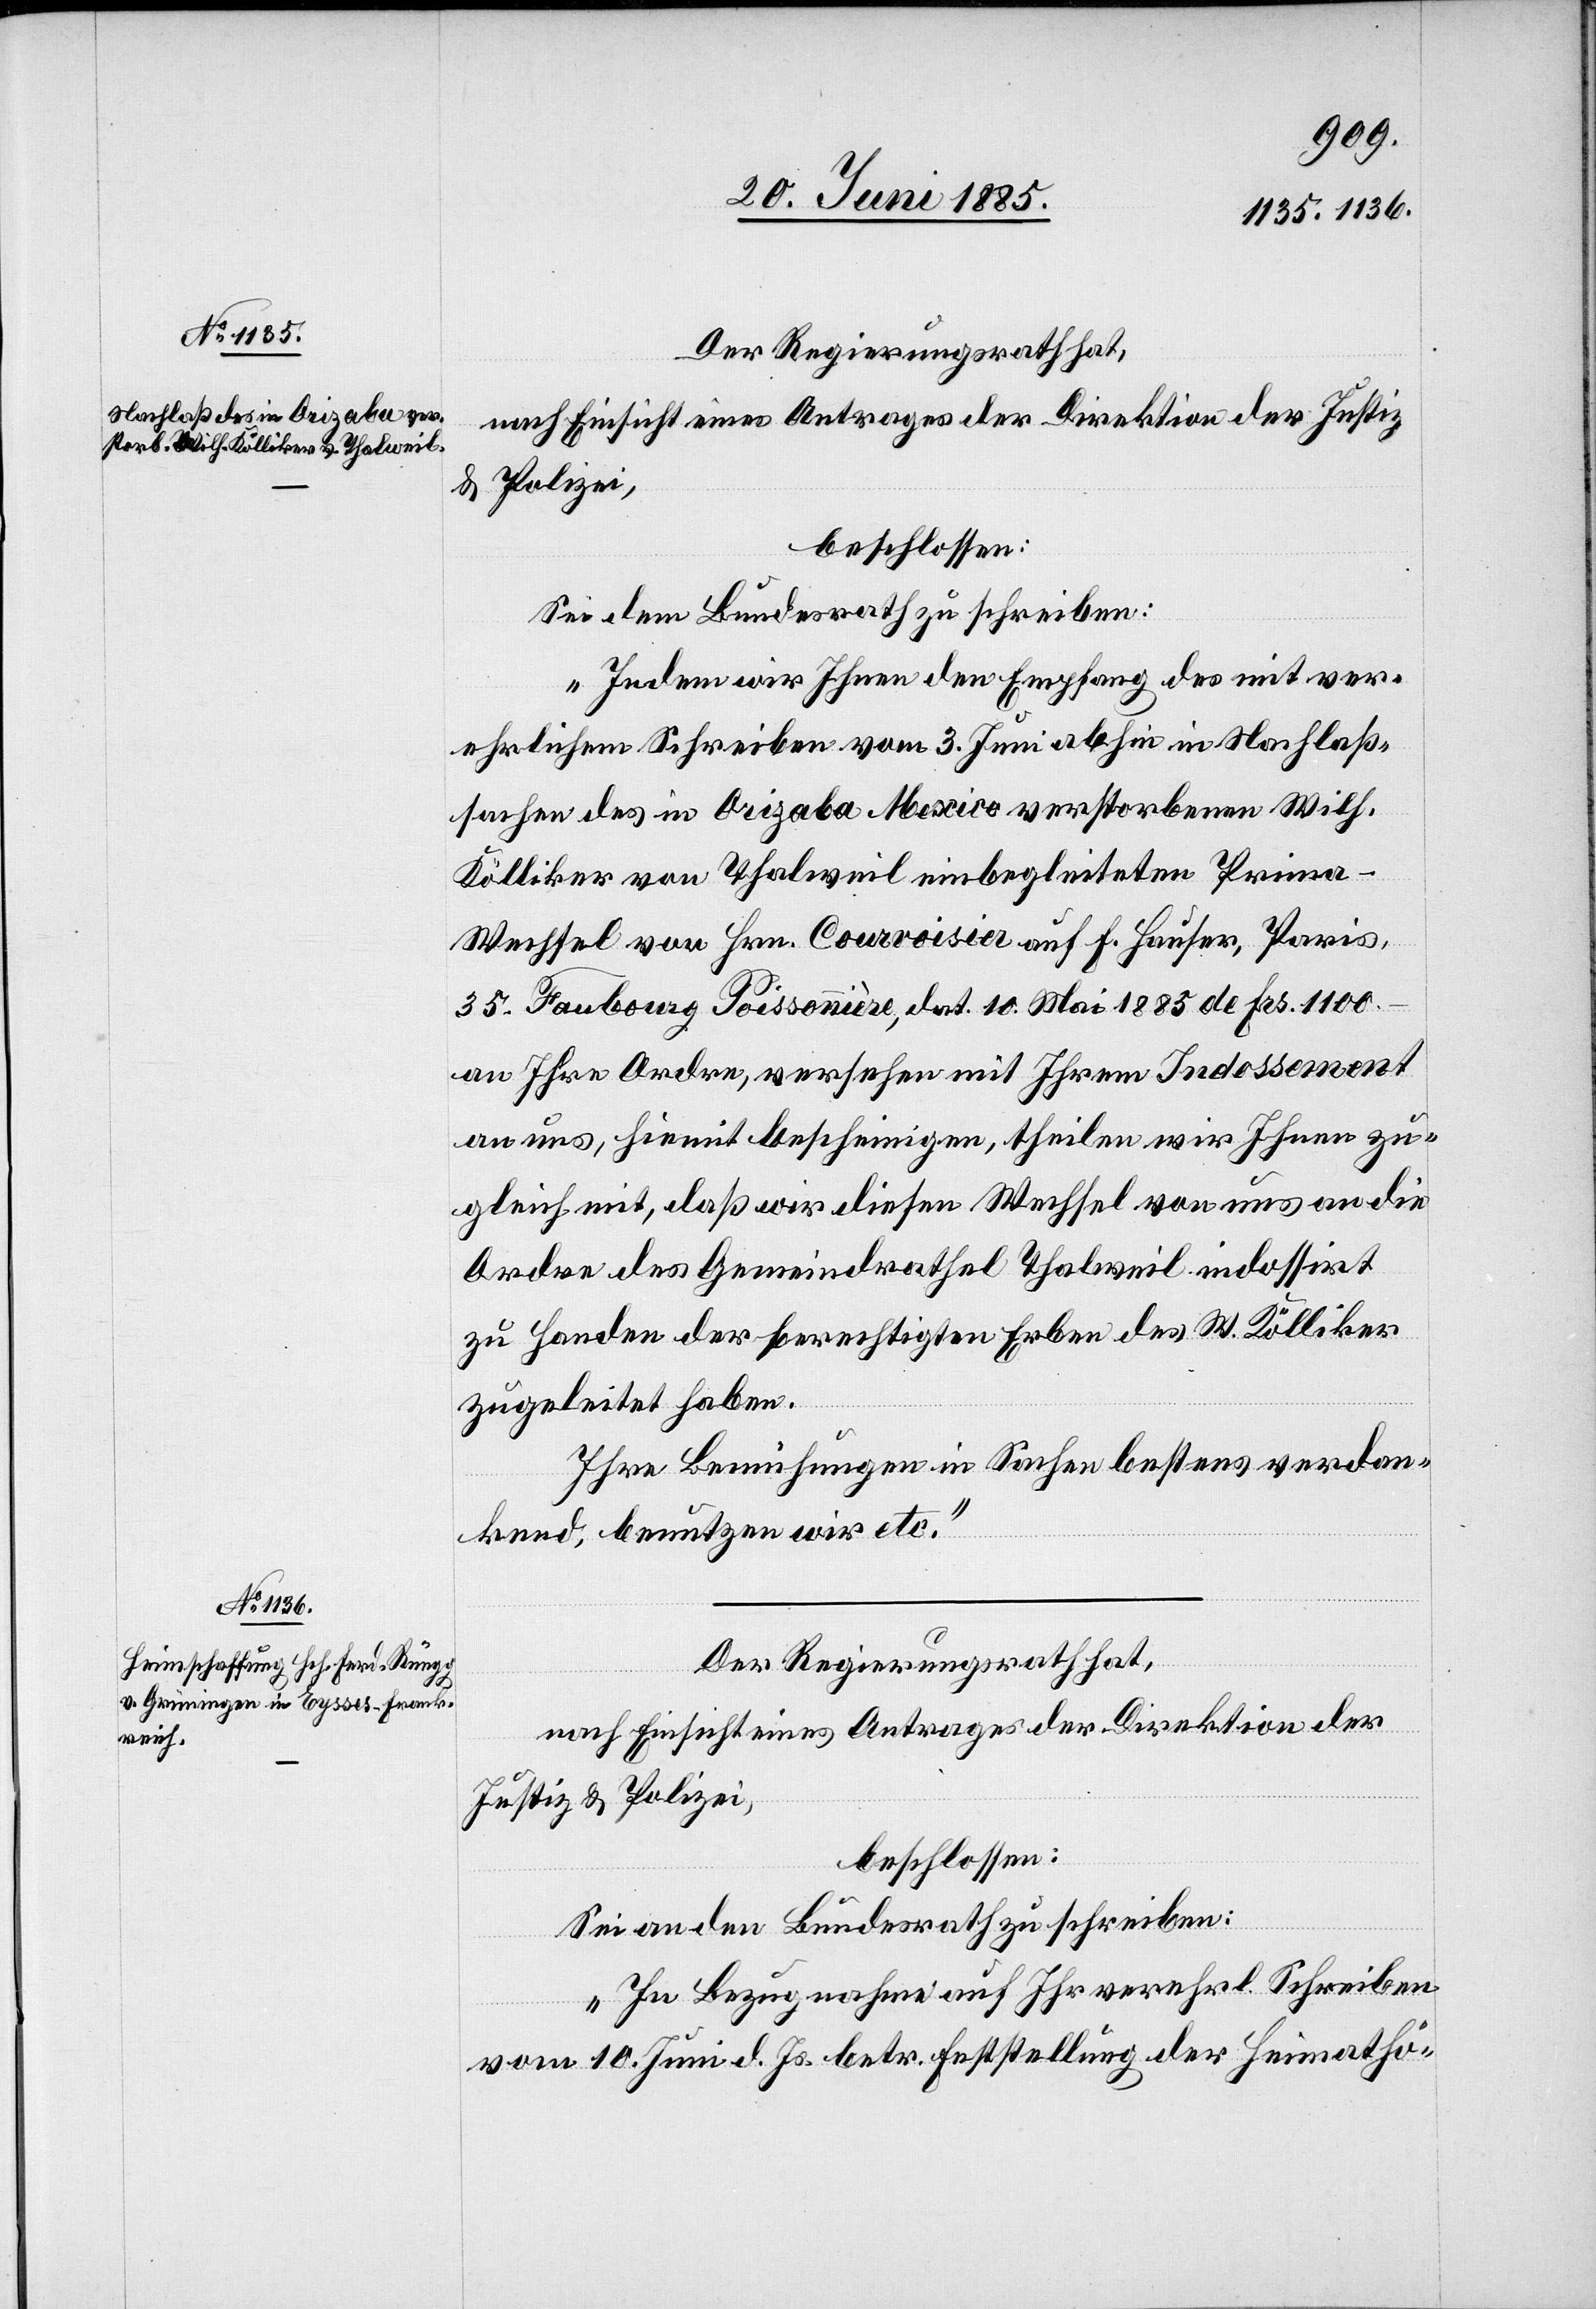
Sei dem Bundesrath zu schreiben:
„Indem wir Ihnen den Empfang des mit ver¬
ehrlichem Schreiben vom 3. Juni abhin in Nachlaß¬
sachen des in Orizaba Mexico verstorbenen Wilh.
Kölliker von Thalweil einbegleiteten Prim¬
a-Wechsel von Hrn. Courvoisier auf F. Hauser, Paris,
35 Faubourg Poissonnière, dat. 10. Mai 1885 de Frs. 1100.–
an Ihre Ordre, versehen mit Ihrem Indossement
an uns, hiemit bescheinigen, theilen wir Ihnen zu¬
gleich mit, daß wir diesen Wechsel von uns an die
Ordre des Gemeindrathes Thalweil indossirt
zu Handen der berechtigen Erben des W. Kölliker
zugeleitet haben.
Ihre Bemühungen in Sachen bestens verdan¬
kend, benutzen wir etc.“
Der Regierungsrath hat,
nach Einsicht eines Antrages der Direktion der
Justiz & Polizei,
beschlossen:
Sei an den Bundesrath zu schreiben:
„In Bezugnahme auf Ihr verehrl. Schreiben
vom 10. Juni d. Js. betr. Feststellung der Heimathö-